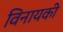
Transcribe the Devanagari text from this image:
विनायकी